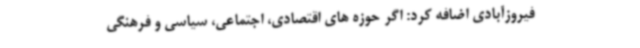
فیروزآبادی اضافه کرد: اگر حوزه های اقتصادی، اجتماعی، سیاسی و فرهنگی